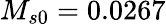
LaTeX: M_{s0}=0.0267